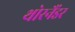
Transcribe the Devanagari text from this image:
थोरनैंडर